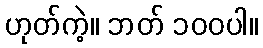
ဟုတ်ကဲ့။ ဘတ် ၁၀၀ပါ။